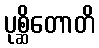
ပုစ္ဆိတောတိ